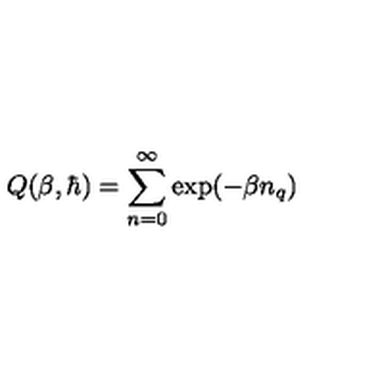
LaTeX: Q ( \beta , \hbar ) = \sum _ { n = 0 } ^ { \infty } \exp ( - \beta n _ { q } )